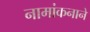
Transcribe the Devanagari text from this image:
नामांकनाने